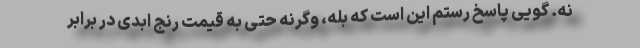
نه. گویی پاسخ رستم این است که بله، وگرنه حتی به قیمت رنج ابدی در برابر